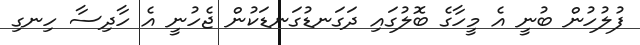
ފުލުހުން ބުނީ އެ މީހާގެ ބޮލުގައި ދަގަނޑުގަނޑަކުން ޖެހުނީ އެ ހާދިސާ ހިނގި